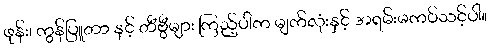
ဖုန်း၊ ကွန်ပြူတာ နှင့် တီဗွီများ ကြည့်ပါက မျက်လုံးနှင့် အရမ်းမကပ်သင့်ပါ။